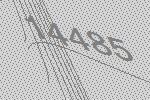
14485